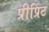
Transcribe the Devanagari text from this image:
प्रीप्रिंट